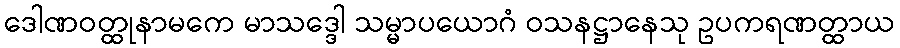
ဒေါဏဝတ္ထုနာမကေ မာသဒ္ဒေါ သမ္မာပယောဂံ ဝသနဋ္ဌာနေသု ဥပကရဏတ္ထာယ